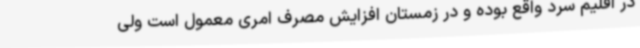
در اقلیم سرد واقع بوده و در زمستان افزایش مصرف امری معمول است ولی